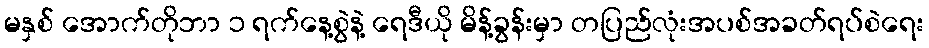
မနှစ် အောက်တိုဘာ ၁ ရက်နေ့စွဲနဲ့ ရေဒီယို မိန့်ခွန်းမှာ တပြည်လုံးအပစ်အခတ်ရပ်စဲရေး